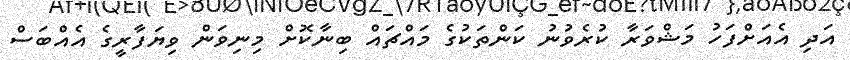
އަދި އެއަށްފަހު މަޝްވަރާ ކުރެވުނު ކަންތަކުގެ މައްޗައް ބިނާކޮށް މިނިވަން ވިޔަފާރީގެ އެއްބަސް